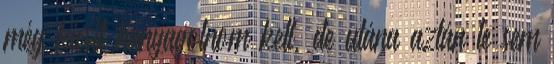
még kicsit hanyagolnom kell, de utána aztán le sem